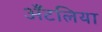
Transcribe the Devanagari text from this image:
अँटलिया